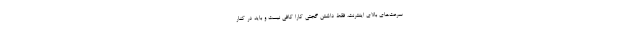
سرعت‌های بالای اینترنت، فقط داشتن گجتی کارا کافی نیست و باید در کنار